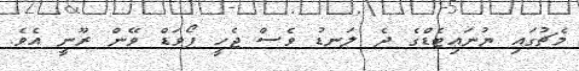
މެޗުގައި ޔުނައިޓެޑްގެ ދެ ލަނޑު ވެސް ޖެހީ ފޯވަޑް ވޭން ރޫނީ އެވެ.